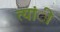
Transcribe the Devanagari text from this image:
त्यांी